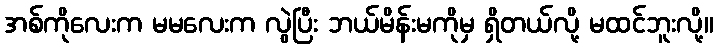
အစ်ကိုလေးက မမလေးက လွဲပြီး ဘယ်မိန်းမကိုမှ ရှိတယ်လို့ မထင်ဘူးလို့။